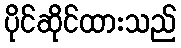
ပိုင်ဆိုင်ထားသည်